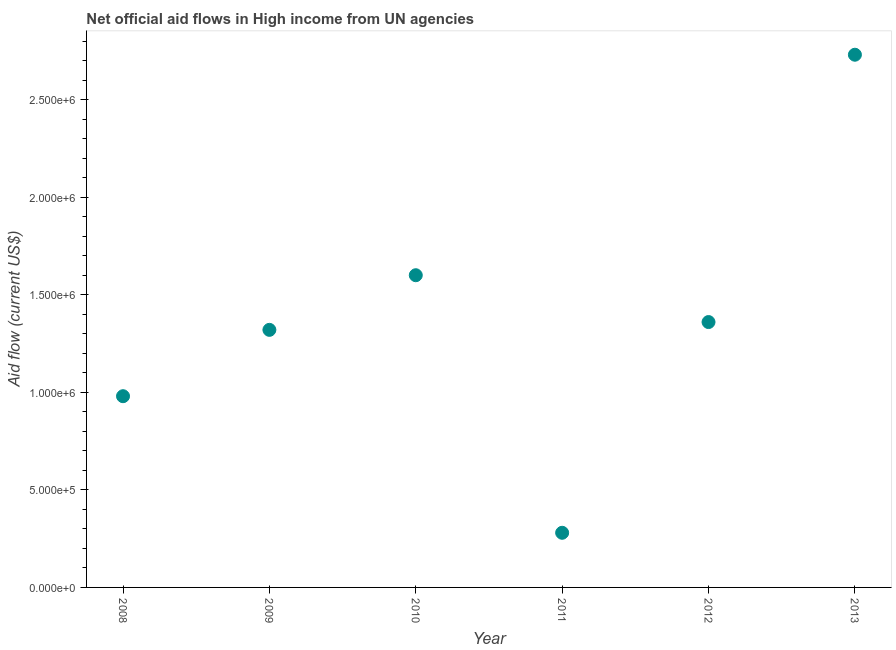
| Year | Net official flows from UN agencies |
 | --- | --- |
 | 2008 | 9.8e+05 |
 | 2009 | 1.32e+06 |
 | 2010 | 1.6e+06 |
 | 2011 | 2.8e+05 |
 | 2012 | 1.36e+06 |
 | 2013 | 2.73e+06 |